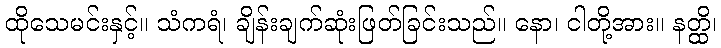
ထိုသေမင်းနှင့်။ သံကရံ၊ ချိန်းချက်ဆုံးဖြတ်ခြင်းသည်။ နော၊ ငါတို့အား။ နတ္ထိ၊